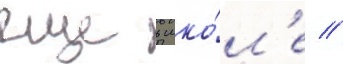
еще в шко́л'е //